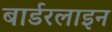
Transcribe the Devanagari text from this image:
बार्डरलाइन